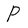
Character: P